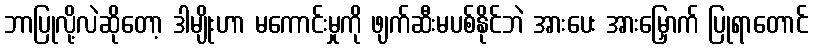
ဘာပြုလို့လဲဆိုတော့ ဒါမျိုးဟာ မကောင်းမှုကို ဖျက်ဆီးမပစ်နိုင်ဘဲ အားပေး အားမြှောက် ပြုရာတောင်